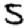
Digit: 5